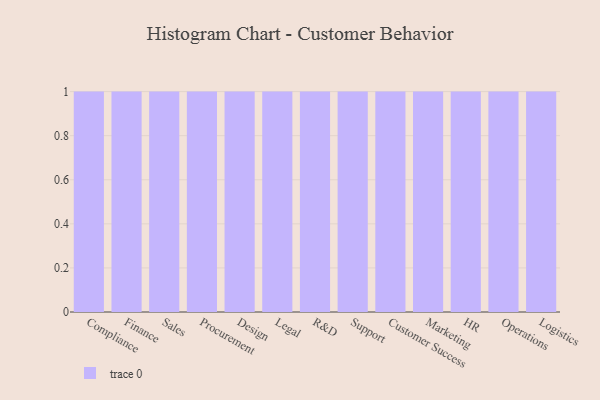
{"axis": {"x": "Department", "y": "LTV (USD)"}, "legend": [""], "data": [{"x": "Compliance", "y": 66, "type": ""}, {"x": "Finance", "y": 7, "type": ""}, {"x": "Sales", "y": 79, "type": ""}, {"x": "Procurement", "y": 17, "type": ""}, {"x": "Design", "y": 57, "type": ""}, {"x": "Legal", "y": 76, "type": ""}, {"x": "R&D", "y": 47, "type": ""}, {"x": "Support", "y": 52, "type": ""}, {"x": "Customer Success", "y": 42, "type": ""}, {"x": "Marketing", "y": 99, "type": ""}, {"x": "HR", "y": 40, "type": ""}, {"x": "Operations", "y": 41, "type": ""}, {"x": "Logistics", "y": 85, "type": ""}]}